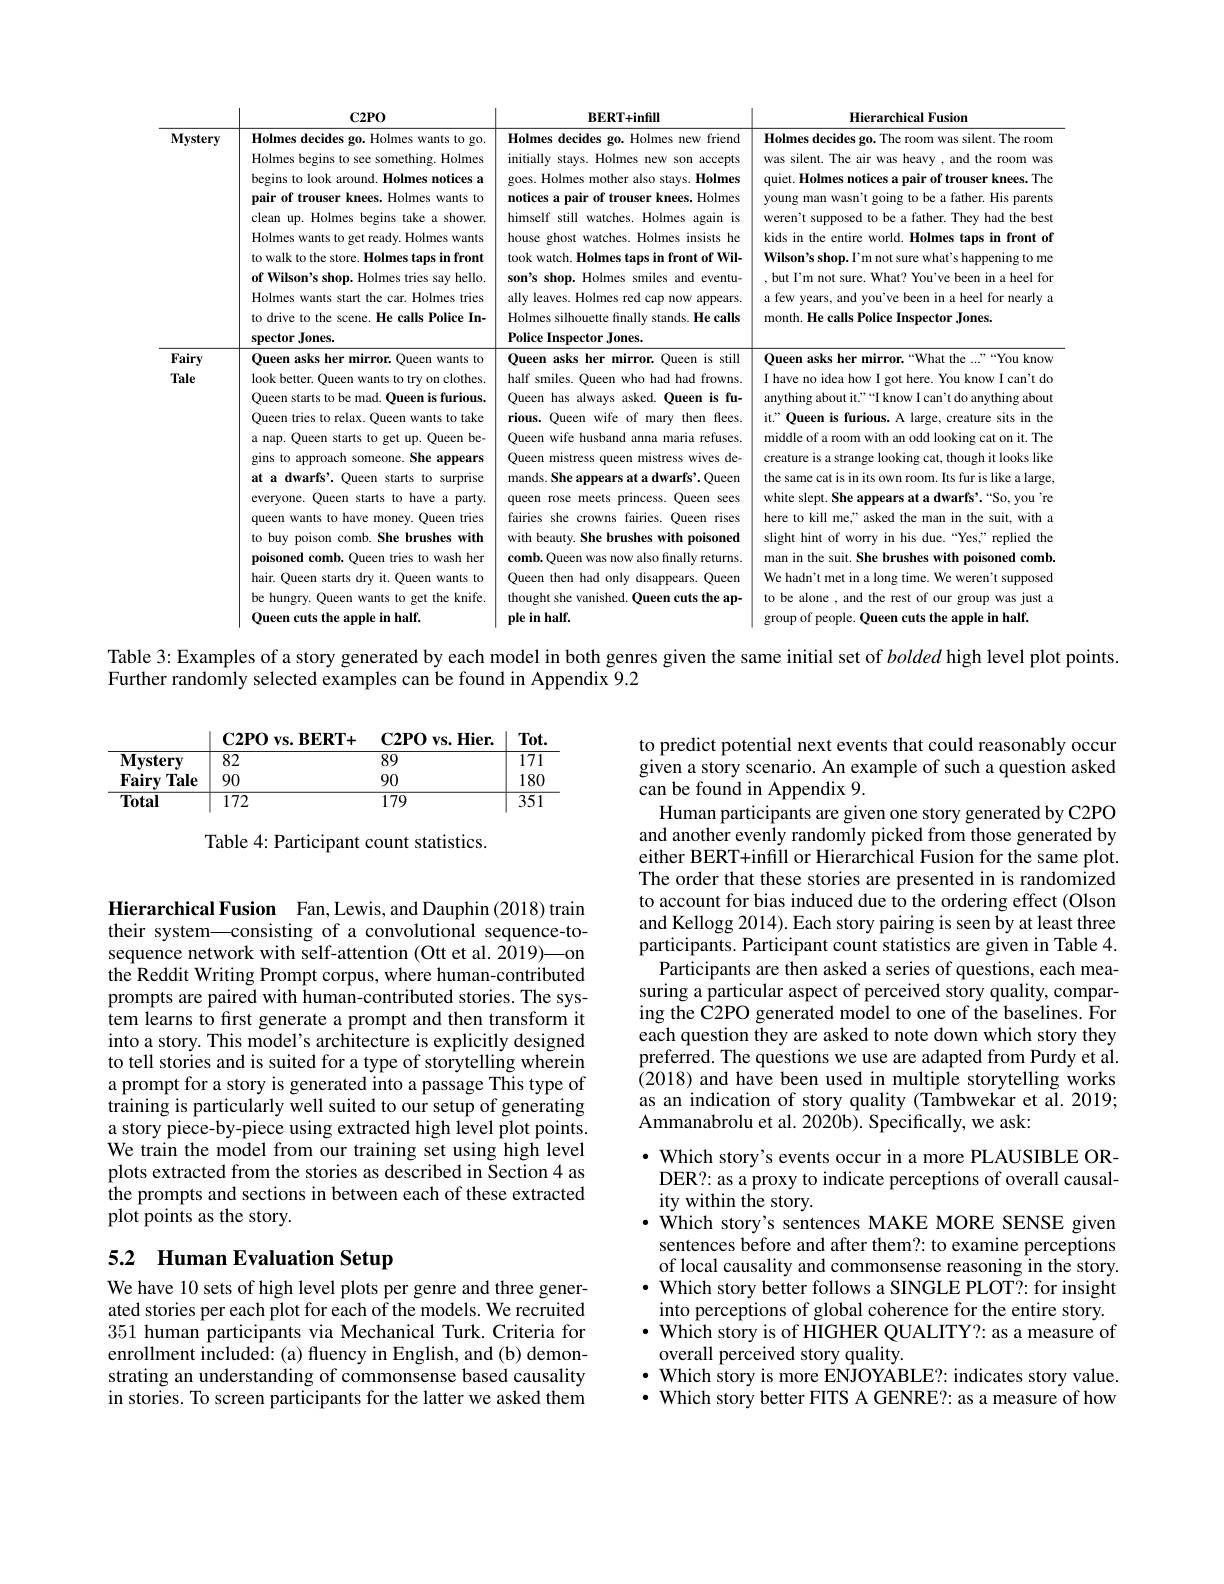
<table>
	<tbody>
		<tr>
			<th> </th>
			<th>$C2PO$</th>
			<th>$BERT+infill$</th>
			<th>Hierarchical Fusion</th>
		</tr>
		<tr>
			<td>Mystery</td>
			<td>Holmes decides go. Holmes wants to go. Holmes begins to see something. Holmes begins to look around. Holmes notices a pair of trouser knees. Holmes wants to clean up. Holmes begins take a shower Holmes wants to get ready. Holmes wants to walk to the store. Holmes taps in front of Wilson's shop. Holmes tries say hello. Holmes wants start the car. Holmes tries to drive to the scene. He calls Police In- spector Jones.</td>
			<td>Holmes decides go. Holmes new friend initially stays. Holmes new son accepts goes. Holmes mother also stays. Holmes notices a pair of trouser knees. Holmes himself still watches. Holmes again is house ghost watches. Holmes insists he took watch. Holmes taps in front of Wil- son's shop. Holmes smiles and eventu- ally leaves. Holmes red cap now appears. Holmes silhouette finally stands. He calls Police Inspector Jones.</td>
			<td>Holmes decides go. The room was silent. The roon was silent. The air was heavy , and the room was quiet. Holmes notices a pair of trouser knees. The young man wasn't going to be a father. His parents weren't supposed to be a father. They had the best kids in the entire world. Holmes taps in front of Wilson's shop. I'm not sure what's happening to me , but I'm not sure. What? You've been in a heel for a few years, and you've been in a heel for nearly month. He calls Police Inspector Jones.</td>
		</tr>
		<tr>
			<td>Fairy Tale</td>
			<td>Queen asks her mirror. Queen wants tc look better. Queen wants to try on clothes Queen starts to be mad. Queen is furious Queen tries to relax. Queen wants to take a nap. Queen starts to get up. Queen be- gins to approach someone. She appears at a dwarfs'. Queen starts to surprise everyone. Queen starts to have a party queen wants to have money. Queen tries to buy poison comb. She brushes with poisoned comb. Queen tries to wash her hair. Queen starts dry it. Queen wants to be hungry. Queen wants to get the knife Queen cuts the apple in half.</td>
			<td>Queen asks her mirror. Queen is still half smiles. Queen who had had frowns. Queen has always asked.Queen is fu- rious.Queen wife of mary then flees. Queen wife husband anna maria refuses. Queen mistress queen mistress wives de- mands. She appears at a dwarfs'. Queen queen rose meets princess.Queen sees fairies she crowns fairies. Queen rises with beauty. She brushes with poisoned comb. Queen was now also finally returns. Queen then had only disappears. Queen thought she vanished. Queen cuts the ap- ple in half.</td>
			<td>Queen asks her mirror.“What the ...”You know I have no idea how I got here. You know I can't do anything about it."“I know I can't do anything about it" Queen is furious. A large, creature sits in the middle of a room with an odd looking cat on it. The creature is a strange looking cat, though it looks like the same cat is in its own room. Its fur is like a large white slept. She appears at a dwarfs'. "So, you're here to kill me," asked the man in the suit, with a slight hint of worry in his due.“Yes,”replied the man in the suit. She brushes with poisoned comb We hadn't met in a long time. We weren't supposed to be alone , and the rest of our group was just a group of people. Oueen cuts the apple in half.</td>
		</tr>
	</tbody>
</table>

Table 3: Examples of a story generated by each model in both genres given the same initial set of bolded high level plot points.
Further randomly selected examples can be found in Appendix 9.2

<table>
	<tbody>
		<tr>
			<th> </th>
			<th>C2PO vs. BERT+</th>
			<th>$\mathbf{C2PO}$ $\mathbf{vs.Hier.}$ 1</th>
			<th>$Tot.$</th>
		</tr>
		<tr>
			<td>$\overline{\mathbf{Mystery}}$</td>
			<td>82</td>
			<td>89</td>
			<td>$\overline{171}$</td>
		</tr>
		<tr>
			<td>Fairy Tale</td>
			<td>90</td>
			<td>90</td>
			<td>180</td>
		</tr>
		<tr>
			<td>Total</td>
			<td>172</td>
			<td>179</td>
			<td>$\overline{351}$</td>
		</tr>
	</tbody>
</table>

Table 4: Participant count statistics.

to predict potential next events that could reasonably occur given a story scenario. An example of such a question asked can be found in Appendix 9.
Human participants are given one story generated by C2PO and another evenly randomly picked from those generated by either BERT+infill or Hierarchical Fusion for the same plot The order that these stories are presented in is randomized to account for bias induced due to the ordering effect (Olson and Kellogg 2014). Each story pairing is seen by at least three participants. Participant count statistics are given in Table 4.
Participants are then asked a series of questions, each measuring a particular aspect of perceived story quality, comparing the C2PO generated model to one of the baselines. For each question they are asked to note down which story they preferred. The questions we use are adapted from Purdy et al. (2018) and have been used in multiple storytelling works as an indication of story quality (Tambwekar et al.2019; Ammanabrolu et al. 2020b). Specifically, we ask:

Hierarchical Fusion Fan,Lewis,and Dauphin(2018)train their system—consisting of a convolutional sequence-tosequence network with self-attention (Ott et al. 2019)—on the Reddit Writing Prompt corpus, where human-contributed prompts are paired with human-contributed stories. The system learns to first generate a prompt and then transform it into a story. This model's architecture is explicitly designed to tell stories and is suited for a type of storytelling wherein a prompt for a story is generated into a passage This type of training is particularly well suited to our setup of generating a story piece-by-piece using extracted high level plot points. We train the model from our training set using high level plots extracted from the stories as described in Section 4 as the prompts and sections in between each of these extracted plot points as the story.

## 5.2 Human Evaluation Setup

, Which story's events occur in a more PLAUSIBLE ORDER?: as a proxy to indicate perceptions of overall causality within the story.
$\cdot\dot{\text{ Which story's sentences MAKE MORE SENSE given}}$
sentences before and after them?: to examine perceptions of local causality and commonsense reasoning in the story $\bullet$ Which story better follows a SINGLE PLOT?: for insight into perceptions of global coherence for the entire story. $\bullet$ Which story is of HIGHER QUALITY?: as a measure of overall perceived story quality.
$\bullet$ Which story is more ENJOYABLE?: indicates story value $\bullet$ Which story better FITS A GENRE?: as a measure of how

We have 10 sets of high level plots per genre and three generated stories per each plot for each of the models. We recruited 351 human participants via Mechanical Turk. Criteria for enrollment included: (a) fluency in English, and (b) demonstrating an understanding of commonsense based causality in stories. To screen participants for the latter we asked them